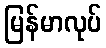
မြန်မာလုပ်